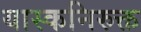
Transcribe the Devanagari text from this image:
यास्कनिरुक्त